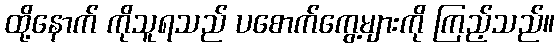
ထို့နောက် ကိုသူရသည် ပစောက်ကွေ့များကို ကြည့်သည်။